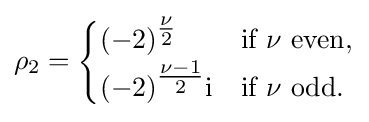
\rho _{2}={\begin{cases}(-2)^{\tfrac {\nu }{2}}&{\text{if }}\nu {\text{ even,}}\\(-2)^{\tfrac {\nu -1}{2}}\mathrm {i} &{\text{if }}\nu {\text{ odd.}}\end{cases}}